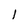
Character: l